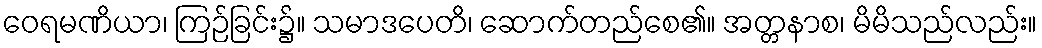
ဝေရမဏိယာ၊ ကြဉ်ခြင်း၌။ သမာဒပေတိ၊ ဆောက်တည်စေ၏။ အတ္တနာစ၊ မိမိသည်လည်း။